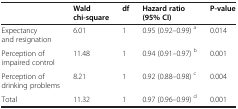
|  | Wald chi-square | df | Hazard ratio (95% CI) | P-value |
 | --- | --- | --- | --- | --- |
 | Expectancy and resignation | 6.01 | 1 | 0.95 (0.92–0.99) a | 0.014 |
 | Perception of impaired control | 11.48 | 1 | 0.94 (0.91–0.97) b | 0.001 |
 | Perception of drinking problems | 8.21 | 1 | 0.92 (0.88–0.98) c | 0.004 |
 | Total | 11.32 | 1 | 0.97 (0.96–0.99) d | 0.001 |